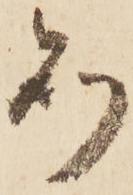
則